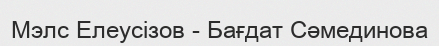
Мэлс Елеусізов - Бағдат Сәмединова